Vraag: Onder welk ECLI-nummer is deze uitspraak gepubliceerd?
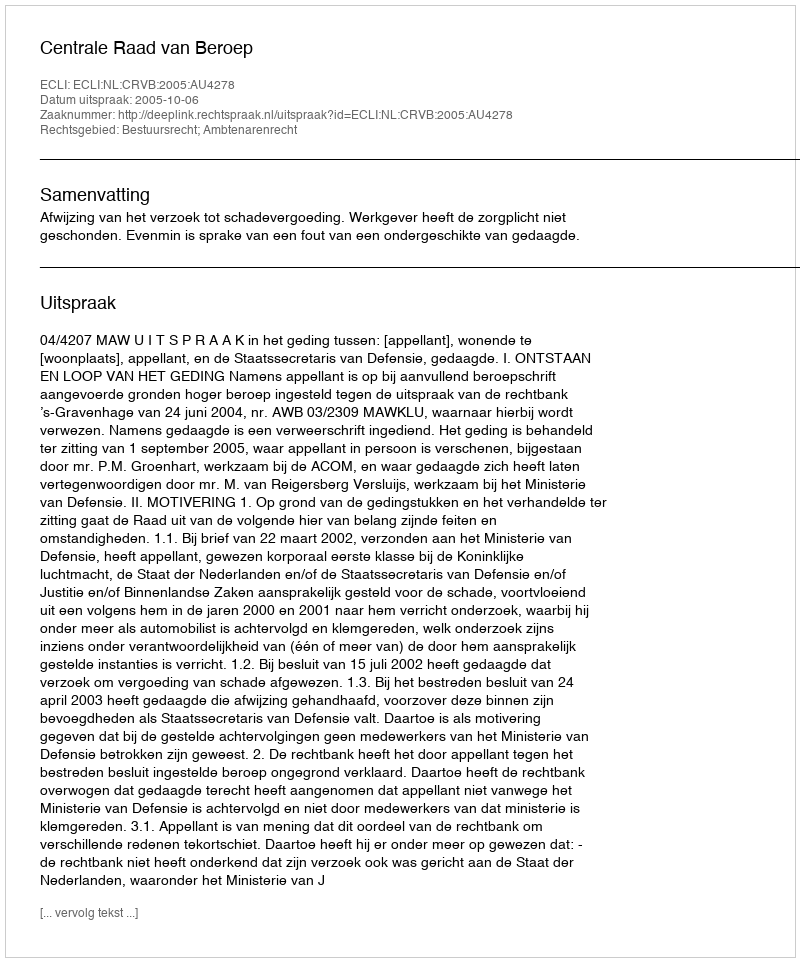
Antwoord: ECLI:NL:CRVB:2005:AU4278